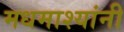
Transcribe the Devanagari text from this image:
मधमाश्यांनी